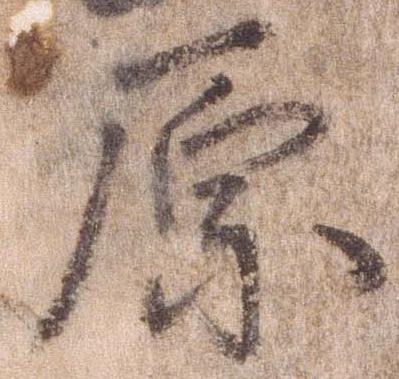
原